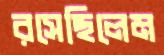
রসেছিলেম